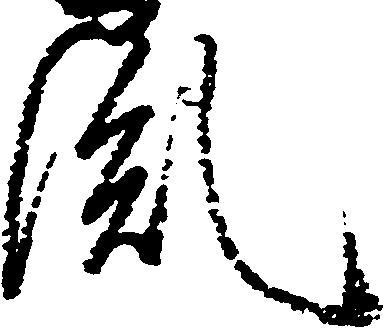
胤